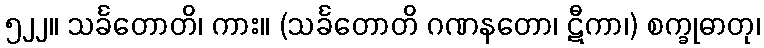
၅၂၂။ သင်္ခတောတိ၊ ကား။ (သင်္ခတောတိ ဂဏနတော၊ ဋီကာ၊) စက္ခုဓာတု၊